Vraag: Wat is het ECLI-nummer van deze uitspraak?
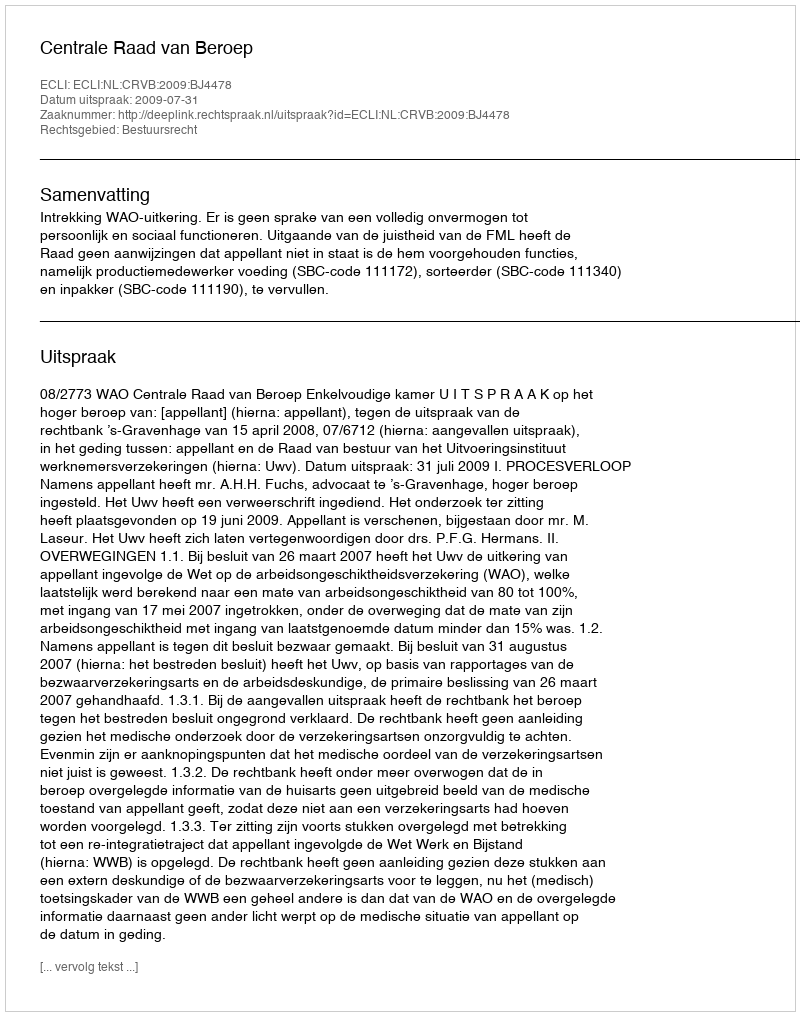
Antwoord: ECLI:NL:CRVB:2009:BJ4478